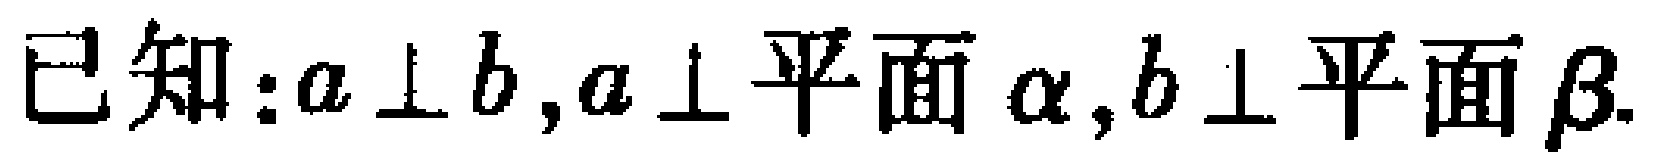
已知:$a \perp b,a \perp 平面 \alpha,b \perp 平面 \beta.$